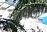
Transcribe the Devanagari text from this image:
हपाला